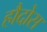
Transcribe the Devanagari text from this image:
हौदोस